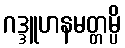
ဂဒ္ဒူဟနမတ္တမ္ပိ